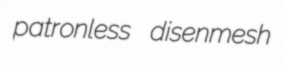
patronless disenmesh